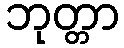
ဘုတ္တာ